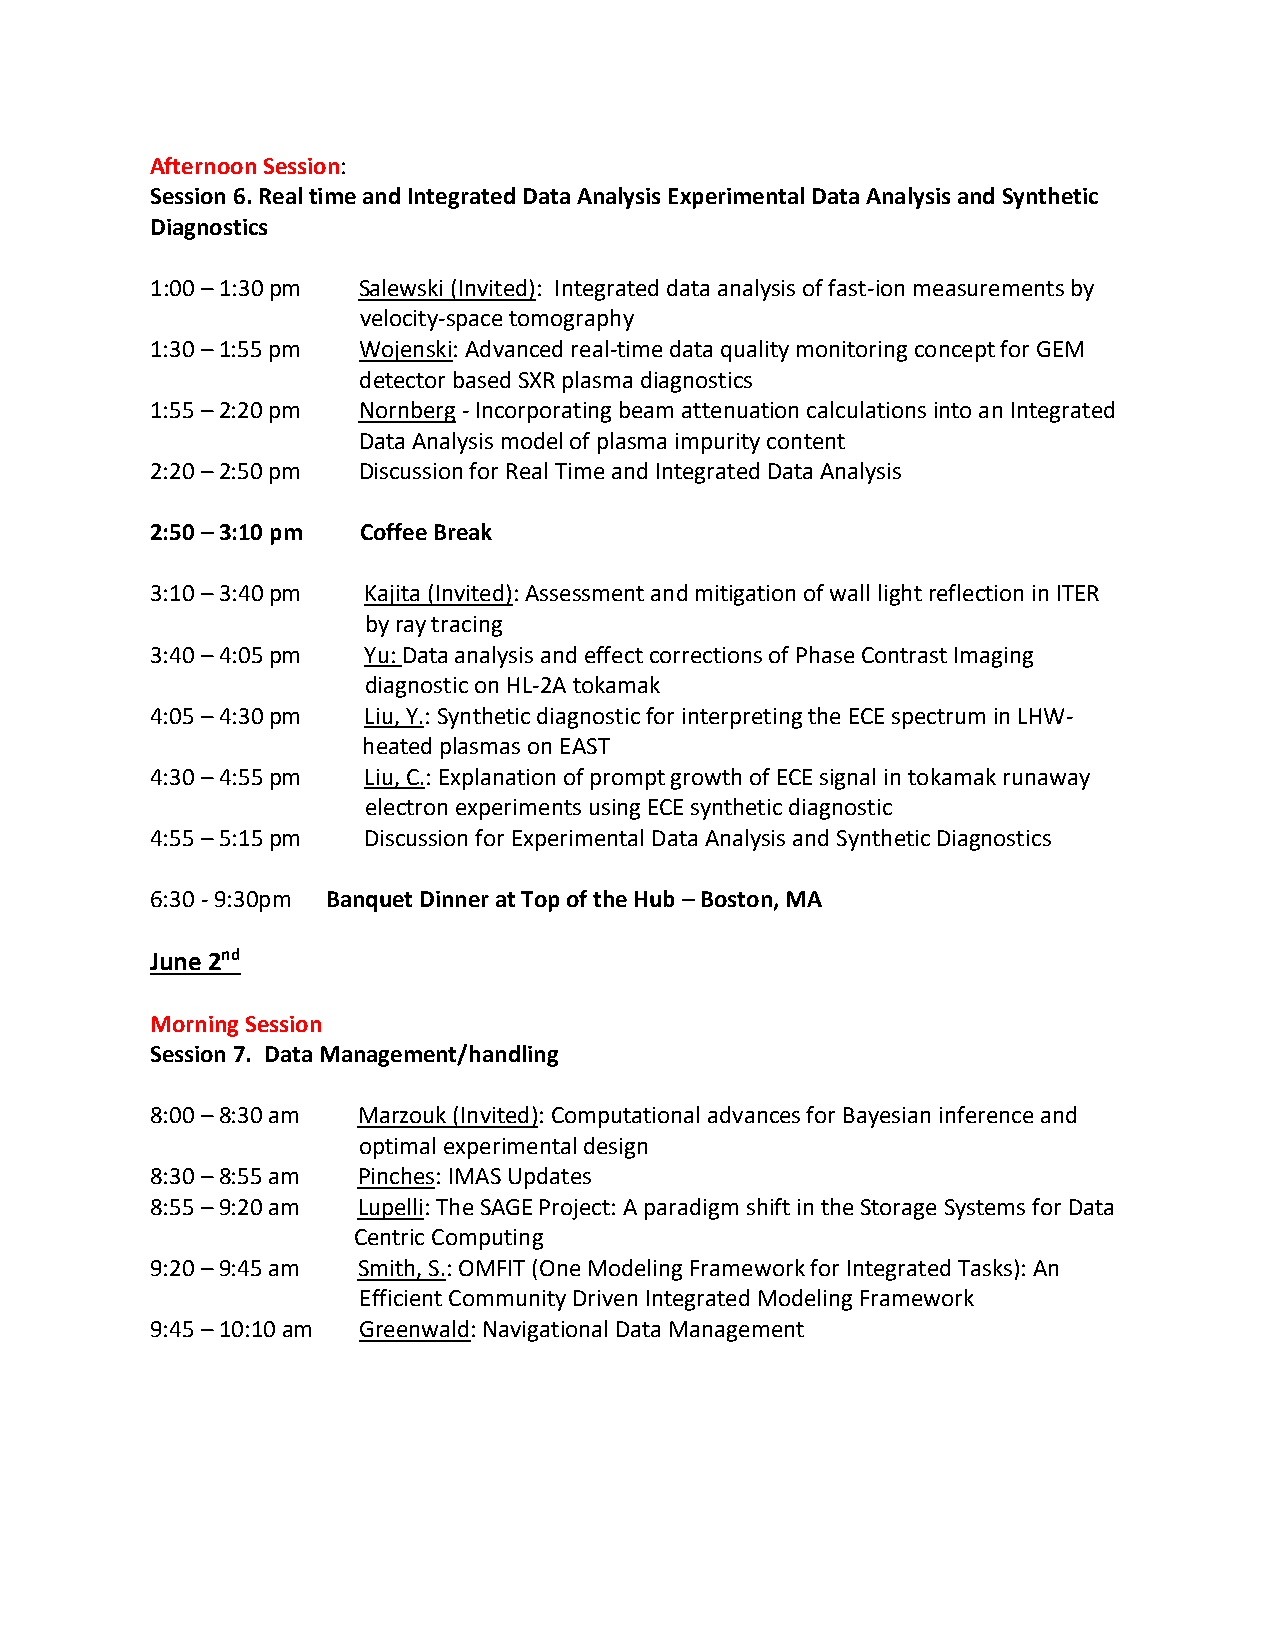
Afternoon Session:
 Session 6. Real time and Integrated Data Analysis Experimental Data Analysis and Synthetic
 Diagnostics
 1:00 – 1:30 pm Salewski (Invited): Integrated data analysis of fast-ion measurements by
 velocity-space tomography
 1:30 – 1:55 pm Wojenski: Advanced real-time data quality monitoring concept for GEM
 detector based SXR plasma diagnostics
 1:55 – 2:20 pm Nornberg - Incorporating beam attenuation calculations into an Integrated
 Data Analysis model of plasma impurity content
 2:20 – 2:50 pm Discussion for Real Time and Integrated Data Analysis
 2:50 – 3:10 pm Coffee Break
 3:10 – 3:40 pm Kajita (Invited): Assessment and mitigation of wall light reflection in ITER
 by ray tracing
 3:40 – 4:05 pm Yu: Data analysis and effect corrections of Phase Contrast Imaging
 diagnostic on HL-2A tokamak
 4:05 – 4:30 pm Liu, Y.: Synthetic diagnostic for interpreting the ECE spectrum in LHW-
 heated plasmas on EAST
 4:30 – 4:55 pm Liu, C.: Explanation of prompt growth of ECE signal in tokamak runaway
 electron experiments using ECE synthetic diagnostic
 4:55 – 5:15 pm Discussion for Experimental Data Analysis and Synthetic Diagnostics
 6:30 - 9:30pm Banquet Dinner at Top of the Hub – Boston, MA
 June 2nd
 Morning Session
 Session 7. Data Management/handling
 8:00 – 8:30 am Marzouk (Invited): Computational advances for Bayesian inference and
 optimal experimental design
 8:30 – 8:55 am Pinches: IMAS Updates
 8:55 – 9:20 am Lupelli: The SAGE Project: A paradigm shift in the Storage Systems for Data
 Centric Computing
 9:20 – 9:45 am Smith, S.: OMFIT (One Modeling Framework for Integrated Tasks): An
 Efficient Community Driven Integrated Modeling Framework
 9:45 – 10:10 am Greenwald: Navigational Data Management